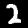
Label: 2